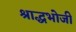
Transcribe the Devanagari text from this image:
श्राद्धभोजी